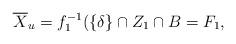
LaTeX: \begin{align*} \overline X_u = f_1^{-1}(\{\delta\} \cap Z_1 \cap B = F_1, \end{align*}